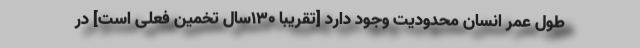
طول عمر انسان محدودیت وجود دارد [تقریبا ۱۳۰سال تخمین فعلی است] در